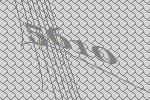
5610